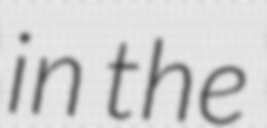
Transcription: in the